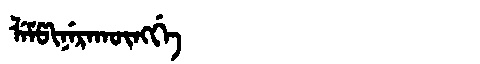
Manchu: ᠯᡝᠮᡦᡳᠨᡝᡵᠠᡴᡡᠩᡤᡝ
Romanization: LEMPINERAKŪNGGE